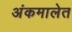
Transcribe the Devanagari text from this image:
अंकमालेत